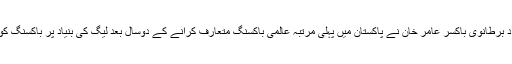
10 مئی2018ء) پاکستانی نژاد برطانوی باکسر عامر خان نے پاکستان میں پہلی مرتبہ عالمی باکسنگ متعارف کرانے کے دوسال بعد لیگ کی بنیاد پر باکسنگ کو پاکستان لانے کا اعلان کردیا۔